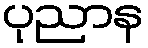
ပုညာန